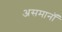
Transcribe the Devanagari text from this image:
असमानॉ